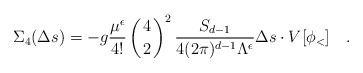
\begin{align*}\Sigma_4(\Delta s)=-{g}{\mu^\epsilon\over 4!}\left({4\atop2}\right)^2{S_{d-1}\over 4(2\pi)^{d-1}\Lambda^\epsilon}\Delta s\cdot V[\phi_<]\quad.\end{align*}